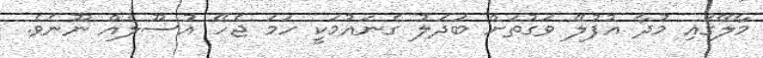
މާލޭގައި މުދާ އުފުލޭ ވަގުތަށް ބަދަލު ގެނައުމަކީ ހަމަ ޖެހޭ އުސޫލެއް ނޫނެވެ.